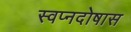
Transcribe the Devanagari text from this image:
स्वप्नदोषास